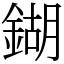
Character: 鍸